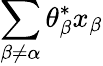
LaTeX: \sum_{\beta\ne\alpha}\theta_{\beta}^{*}x_{\beta}